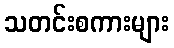
သတင်းစကားများ